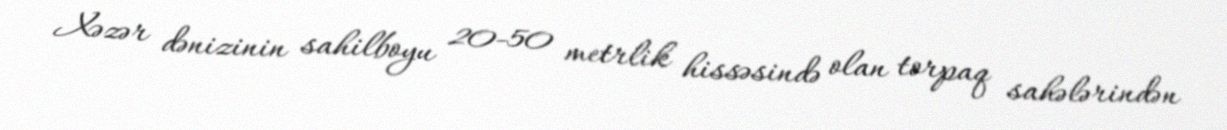
Xəzər dənizinin sahilboyu 20-50 metrlik hissəsində olan torpaq sahələrindən